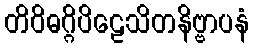
တိဝိဓဂ္ဂိပိဠေသိတနိဗ္ဗာပနံ